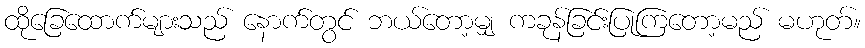
ထိုခြေထောက်များသည် နောက်တွင် ဘယ်တော့မျှ ကခုန်ခြင်းပြုကြတော့မည် မဟုတ်။